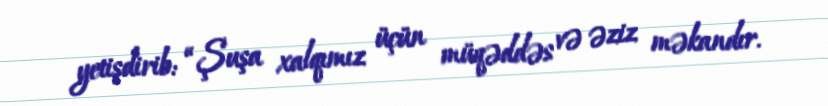
yetişdirib: “Şuşa xalqımız üçün müqəddəs və əziz məkandır.